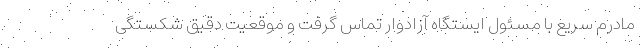
مادرم سریع با مسئول ایستگاه آزادوار تماس گرفت و موقعیت دقیق شکستگی